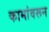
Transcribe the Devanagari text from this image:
कामांवरून